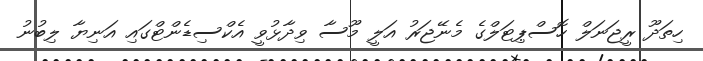
ހިތަދޫ ރީޖަނަލް ހޮސްޕިޓަލްގެ މެނޭޖަރު އަލީ މޫސާ ވިދާޅުވީ އެކްސިޑެންޓްގައި އަނިޔާ ލިބުނު